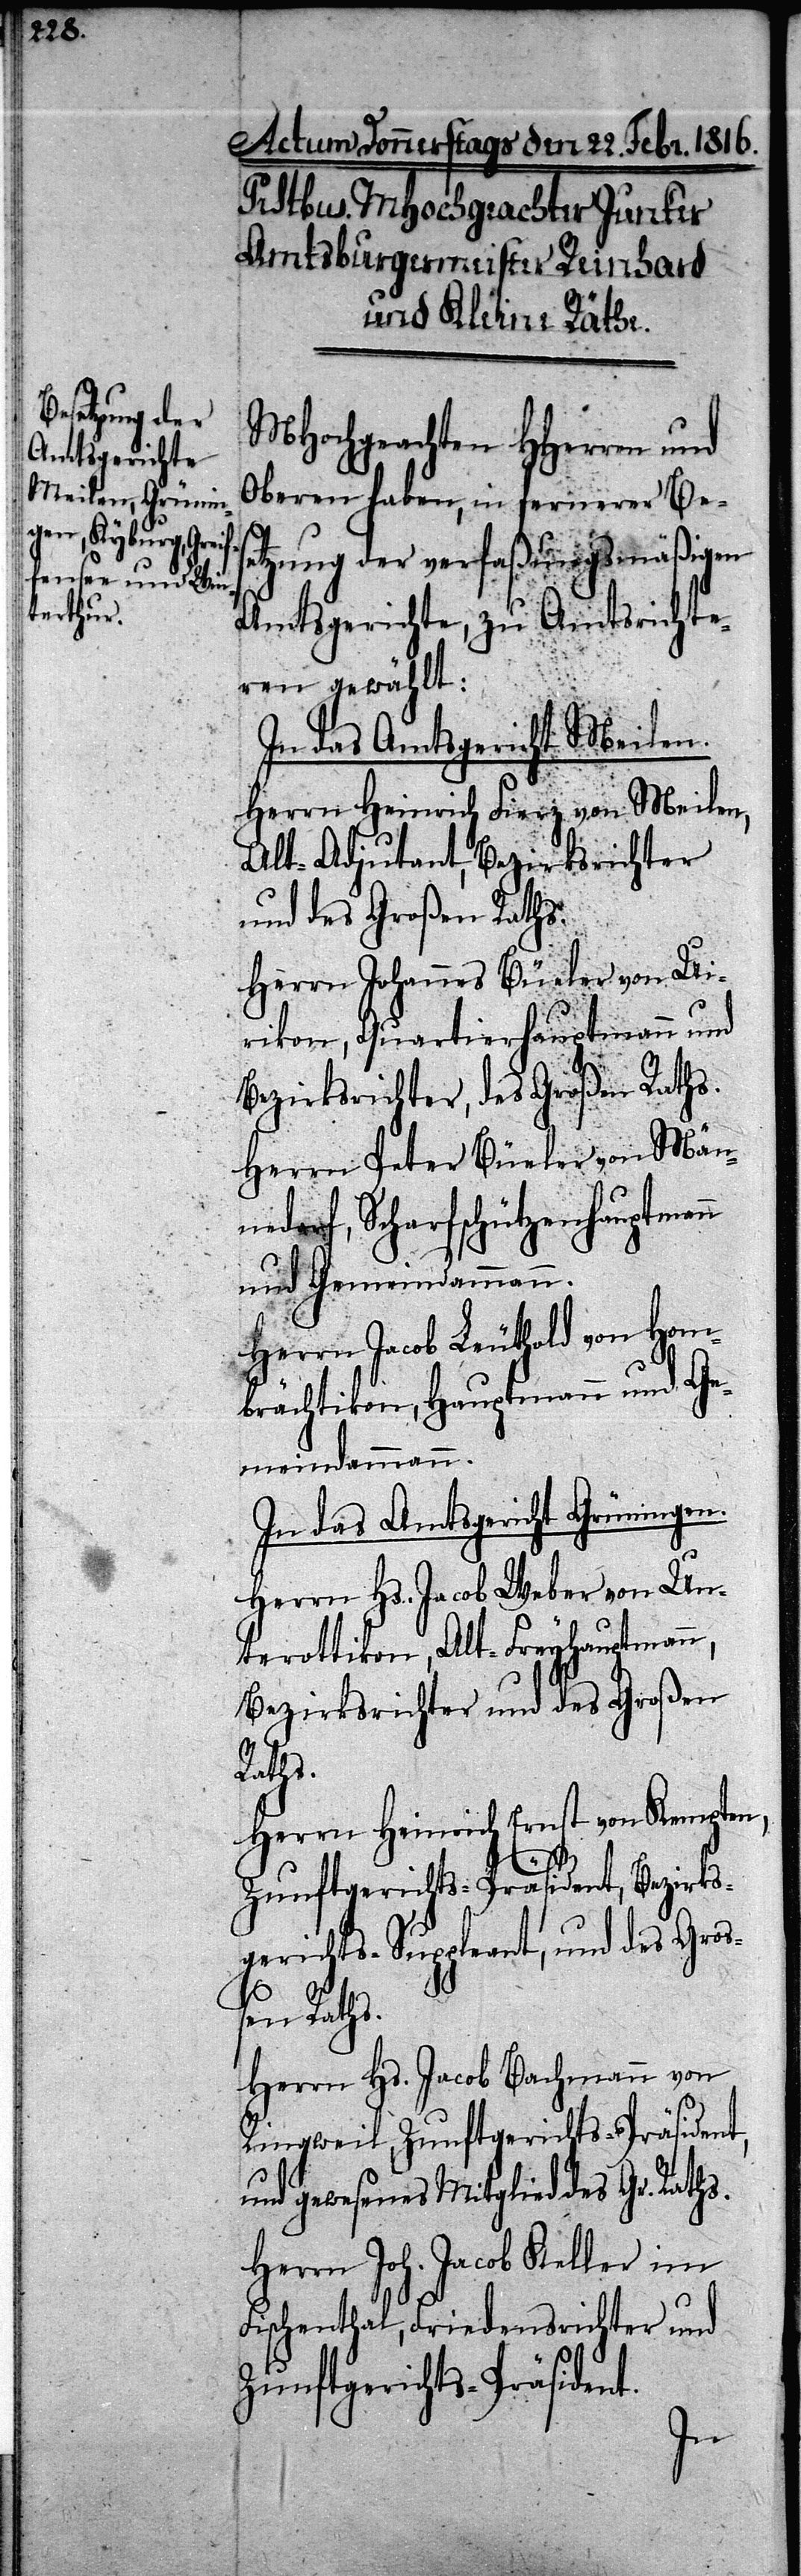
MHochgeachten HHerren und
Oberen haben, in fernerer Bes¬
etzung der verfaßungsmäßigen
Amtsgerichte, zu Amtsrichte¬
ren gewählt:
In das Amtsgericht Meilen.
Herrn Heinrich Fierz von Meilen,
Alt-Adjutant, Bezirksrichter
und des Großen Raths.
Herrn Johannes Büeler von Ue¬
rikon, Quartierhauptmann und
Bezirksrichter, des Großen Raths.
Herrn Peter Büeler von Män¬
nedorf, Scharfschützenhauptman¬
und Gemeindammann.
Herrn Jacob Leuthold von Hom¬
brächtikon, Hauptmann und Ge¬
meindammann.
In das Amtsgericht Grüningen.
Herrn Hs. Jacob Weber von Un¬
terottikon, Alt-Freyhauptmann,
Bezirksrichter und des Großen
Raths.
Herrn Heinrich Ernst von Kempten,
Zunftgerichts-Präsident, Bezirks¬
gericht-Suppleant, und des Groß¬
en Raths.
Herrn Hs. Jacob Bachmann von
Ringweil, Zunftgerichts-Präsident,
und gewesenes Mitglied des Gr. Raths.
Herrn Joh. Jacob Keller im
Fischenthal, Friedensrichter und
Zunftgerichts-Präsid¬
ent.